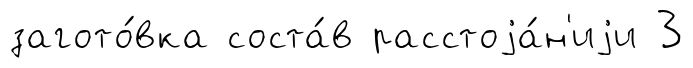
загото́вка соста́в расстоjа́н'иjи 3